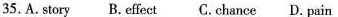
35.A.Story B. Effect C. Chance D. Pain